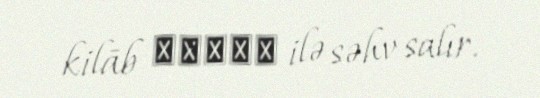
kilāb كِلاب ilə səhv salır.